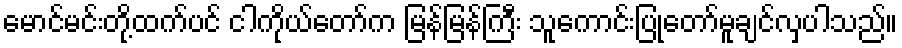
မောင်မင်းတို့ထက်ပင် ငါကိုယ်တော်က မြန်မြန်ကြီး သူကောင်းပြုတော်မူချင်လှပါသည်။